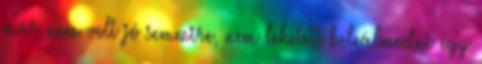
már nem volt jó semmire, nem lehetett beleálmodni egy